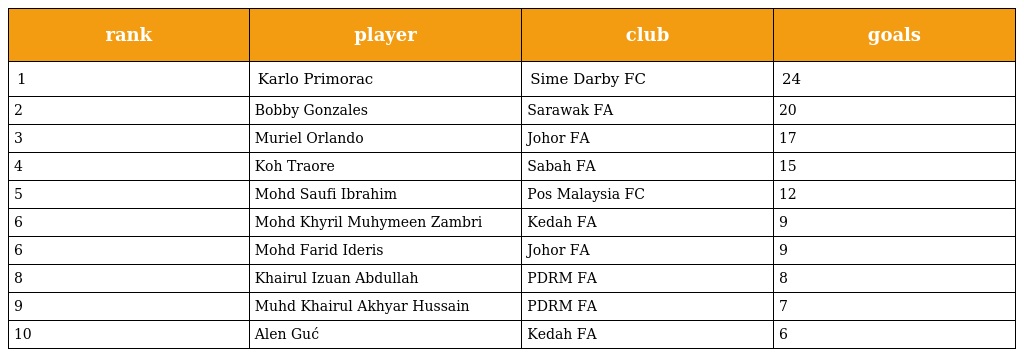
| rank | player | club | goals |
 | --- | --- | --- | --- |
 | 1 | Karlo Primorac | Sime Darby FC | 24 |
 | 2 | Bobby Gonzales | Sarawak FA | 20 |
 | 3 | Muriel Orlando | Johor FA | 17 |
 | 4 | Koh Traore | Sabah FA | 15 |
 | 5 | Mohd Saufi Ibrahim | Pos Malaysia FC | 12 |
 | 6 | Mohd Khyril Muhymeen Zambri | Kedah FA | 9 |
 | 6 | Mohd Farid Ideris | Johor FA | 9 |
 | 8 | Khairul Izuan Abdullah | PDRM FA | 8 |
 | 9 | Muhd Khairul Akhyar Hussain | PDRM FA | 7 |
 | 10 | Alen Guć | Kedah FA | 6 |